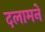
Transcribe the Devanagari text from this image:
दलामने